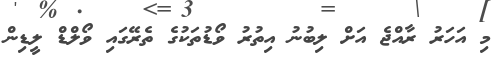
މި އަހަރު ރާއްޖެ އަށް ލިބުނު އިތުރު ވޯޑުތަކުގެ ތެރޭގައި ވޯލްޑް ލީޑިން